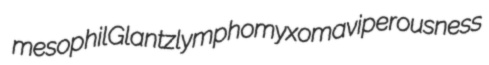
mesophil Glantz lymphomyxoma viperousness